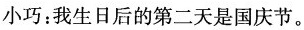
小巧：我生日后的第二天是国庆节。